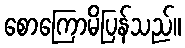
စောကြောမိပြန်သည်။